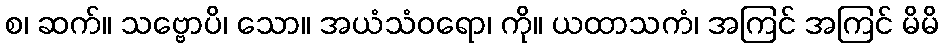
စ၊ ဆက်။ သဗ္ဗောပိ၊ သော။ အယံသံဝရော၊ ကို။ ယထာသကံ၊ အကြင် အကြင် မိမိ